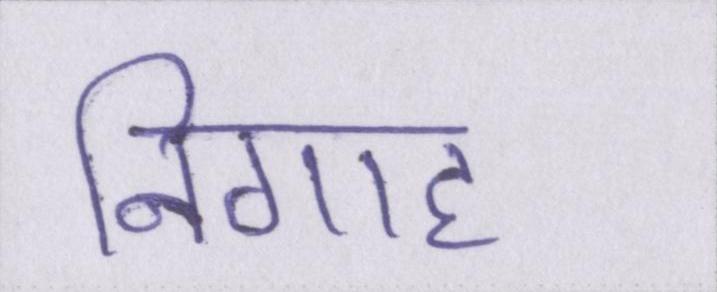
निगाह